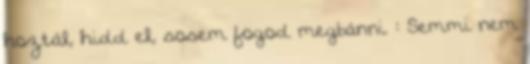
hoztál, hidd el, sosem fogod megbánni. : Semmi nem